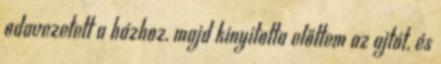
odavezetett a házhoz, majd kinyitotta előttem az ajtót, és